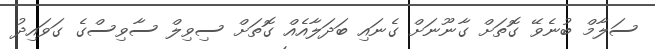
ސަލާމް ބުނެވޭ ގޮތަށް ގާނޫނަށް ގެނައި ބަދަލާއެއް ގޮތަށް ސިވިލް ސާވިސްގެ ގަވައިދު